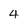
Character: 4